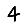
Digit: 4